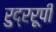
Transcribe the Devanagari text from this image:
रुद्ररूपी